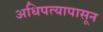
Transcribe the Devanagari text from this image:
अधिपत्यापासून